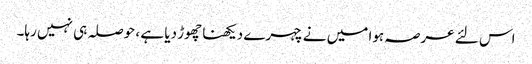
اس لئے عرصہ ہوا میں نے چہرے دیکھنا چھوڑ دیا ہے ، حوصلہ ہی نہیں رہا۔